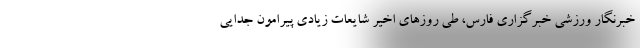
خبرنگار ورزشی خبرگزاری فارس، طی روزهای اخیر شایعات زیادی پیرامون جدایی